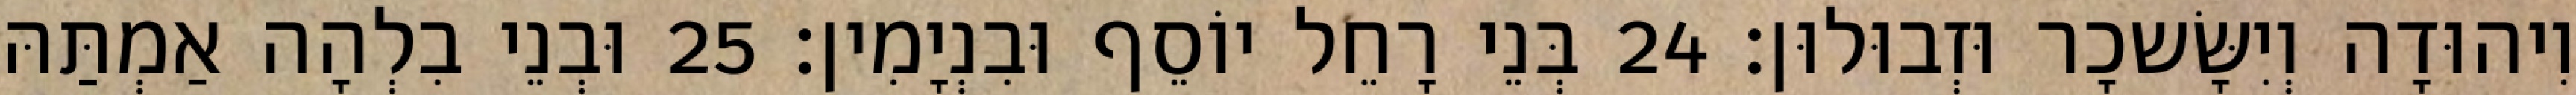
וִיהוּדָה וְיִשָּׂשכָר וּזְבוּלוּן׃ 24 בְּנֵי רָחֵל יוֹסֵף וּבִנְיָמִין׃ 25 וּבְנֵי בִלְהָה אַמְתַּהּ